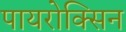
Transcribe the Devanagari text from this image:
पायरोक्सिन